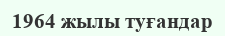
1964 жылы туғандар